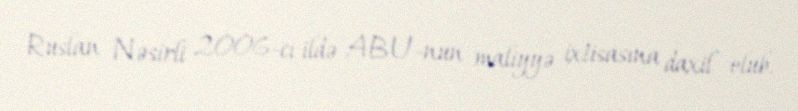
Ruslan Nəsirli 2006-cı ildə ABU-nun maliyyə ixtisasına daxil olub.